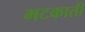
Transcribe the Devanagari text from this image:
भटकाती